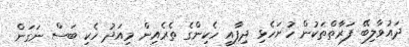
ދައުވާލިބޭ ފަރާތްތަކުން ހުށަހެޅި ދިފާއީ ހެކިންގެ ތެރެއިން މިއަދު ހެކި ބަސް ނަގަން